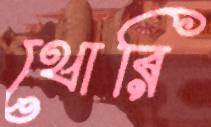
থোরি